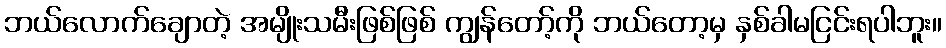
ဘယ်လောက်ချောတဲ့ အမျိုးသမီးဖြစ်ဖြစ် ကျွန်တော့်ကို ဘယ်တော့မှ နှစ်ခါမငြင်းရပါဘူး။